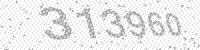
Solution: 313960